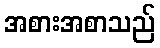
အစားအစာသည်